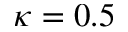
\kappa = 0 . 5